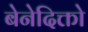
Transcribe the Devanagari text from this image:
बेनेदिक्तो